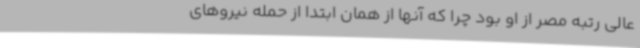
عالی رتبه مصر از او بود چرا که آنها از همان ابتدا از حمله نیروهای